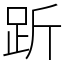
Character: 𧿧